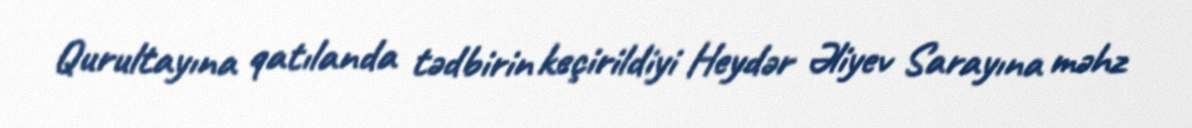
Qurultayına qatılanda tədbirin keçirildiyi Heydər Əliyev Sarayına məhz